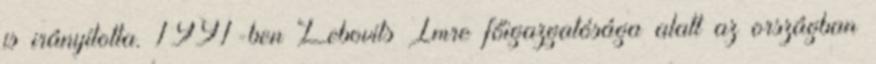
is irányította. 1991-ben Lebovits Imre főigazgatósága alatt az országban